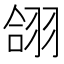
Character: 翖